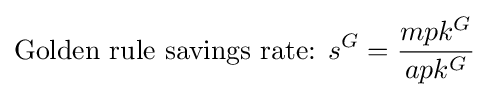
{\mbox{Golden rule savings rate:  }}s^{G}={\frac {mpk^{G}}{apk^{G}}}